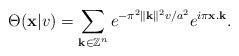
LaTeX: \begin{align*}\Theta (\mathbf{x}\vert v)=\sum_{\mathbf{k}\in\mathbb{Z}^{n} }e^{-\pi^{2}\Vert \mathbf{k}\Vert^{2}v/a^{2}}e^{i\pi\mathbf{x}.\mathbf{k}}.\end{align*}